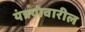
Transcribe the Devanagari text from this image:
यंत्रणेवारील